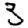
Digit: 3